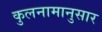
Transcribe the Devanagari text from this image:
कुलनामानुसार